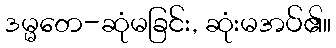
ဒမ္မတေ-ဆုံမခြင်း, ဆုံးမအပ်၏။